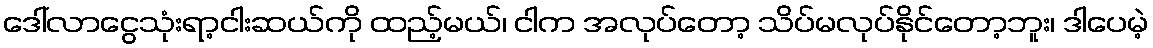
ဒေါ်လာငွေသုံးရာ့ငါးဆယ်ကို ထည့်မယ်၊ ငါက အလုပ်တော့ သိပ်မလုပ်နိုင်တော့ဘူး၊ ဒါပေမဲ့